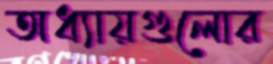
অধ্যায়গুলোর